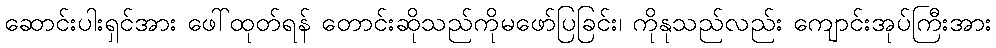
ဆောင်းပါးရှင်အား ဖေါ်ထုတ်ရန် တောင်းဆိုသည်ကိုမဖော်ပြခြင်း၊ ကိုနုသည်လည်း ကျောင်းအုပ်ကြီးအား